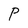
Character: P